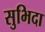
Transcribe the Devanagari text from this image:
सुभिदा